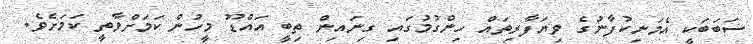
ސަބަބަކީ އެމަނިކުފާނުގެ ވިޔަފާރިތައް ހިންގުމުގައި ގިނައިން ތިބީ އައްޑޫ މީހުން ކަމަށްވާތީ ކަމަށެވެ.